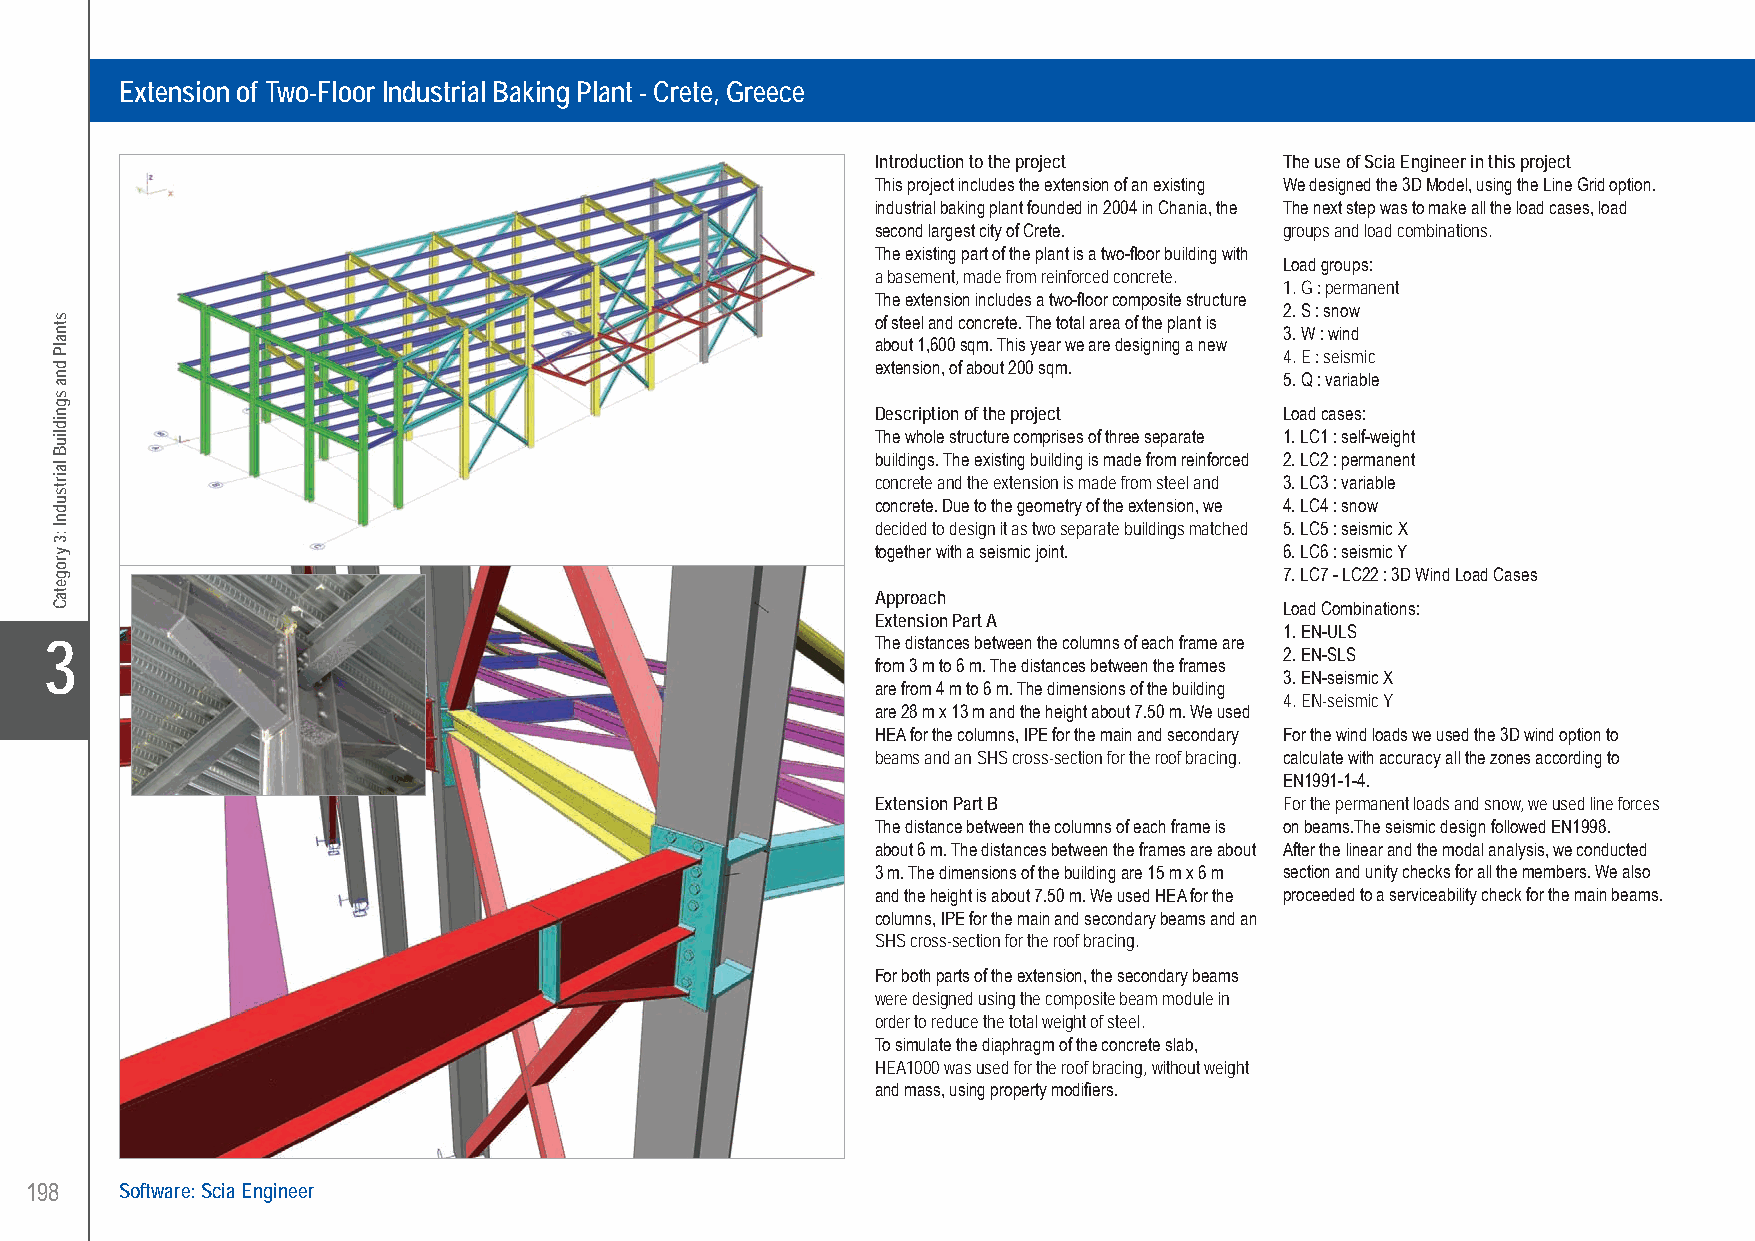
TE, Consulting Engineer Extension of Two-Floor Industrial Baking Plant - Crete, Greece
 Extension of Two-Floor Industrial Baking Plant - Crete, Greece
 Introduction to the project The use of Scia Engineer in this project
 This project includes the extension of an existing We designed the 3D Model, using the Line Grid option.
 industrial baking plant founded in 2004 in Chania, the The next step was to make all the load cases, load
 second largest city of Crete. groups and load combinations.
 The existing part of the plant is a two-floor building with
 Load groups:
 a basement, made from reinforced concrete.
 1. G : permanent
 The extension includes a two-floor composite structure
 2. S : snow
 of steel and concrete. The total area of the plant is
 3. W : wind
 about 1,600 sqm. This year we are designing a new
 4. E : seismic
 extension, of about 200 sqm.
 5. Q : variable
 Description of the project Load cases:
 The whole structure comprises of three separate 1. LC1 : self-weight
 buildings. The existing building is made from reinforced 2. LC2 : permanent
 concrete and the extension is made from steel and 3. LC3 : variable
 concrete. Due to the geometry of the extension, we 4. LC4 : snow
 decided to design it as two separate buildings matched 5. LC5 : seismic X
 together with a seismic joint. 6. LC6 : seismic Y
 7. LC7 - LC22 : 3D Wind Load Cases
 Approach
 Load Combinations:
 Extension Part A
 1. EN-ULS
 X3                                                     The distances between the columns of each frame are 2. EN-SLS
 from 3 m to 6 m. The distances between the frames
 3. EN-seismic X
 are from 4 m to 6 m. The dimensions of the building
 4. EN-seismic Y
 are 28 m x 13 m and the height about 7.50 m. We used
 HEA for the columns, IPE for the main and secondary For the wind loads we used the 3D wind option to
 beams and an SHS cross-section for the roof bracing. calculate with accuracy all the zones according to
 EN1991-1-4.
 Extension Part B           For the permanent loads and snow, we used line forces
 The distance between the columns of each frame is on beams.The seismic design followed EN1998.
 about 6 m. The distances between the frames are about After the linear and the modal analysis, we conducted
 3 m. The dimensions of the building are 15 m x 6 m section and unity checks for all the members. We also
 and the height is about 7.50 m. We used HEA for the proceeded to a serviceability check for the main beams.
 columns, IPE for the main and secondary beams and an
 SHS cross-section for the roof bracing.
 For both parts of the extension, the secondary beams
 were designed using the composite beam module in
 order to reduce the total weight of steel.
 To simulate the diaphragm of the concrete slab,
 HEA1000 was used for the roof bracing, without weight
 and mass, using property modifiers.
 198   Software: Scia Engineer
 UC-2013-Book-V8.indd 198                                                                                  7/11/2013 12:05:04 PM
 stnalP
 dna
 sgnidliuB
 lairtsudnI
 :3
 yrogetaC